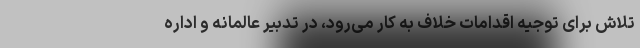
تلاش برای توجیه اقدامات خلاف به کار می‌رود، در تدبیر عالمانه و اداره